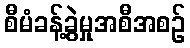
စီမံခန့်ခွဲမှုအစီအစဉ်